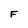
Character: F